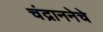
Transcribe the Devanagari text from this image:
चंद्राननेचे